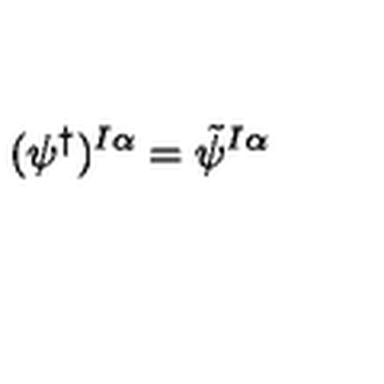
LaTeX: ( \psi ^ { \dagger } ) ^ { I \alpha } = \tilde { \psi } ^ { I \alpha }